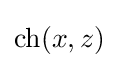
{\textstyle \operatorname {ch} (x,z)}